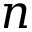
n